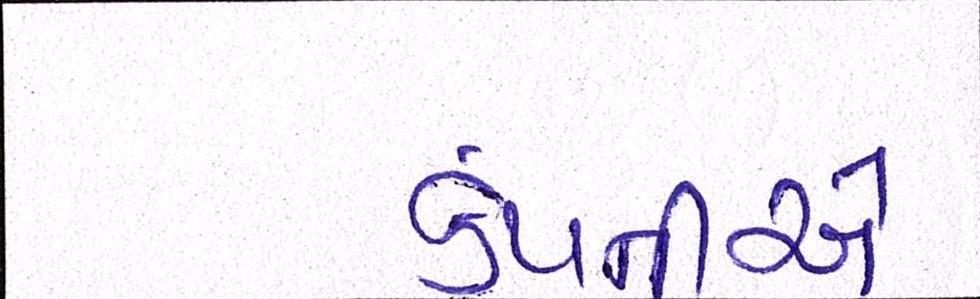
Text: કંપનીએ